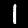
Digit: 1